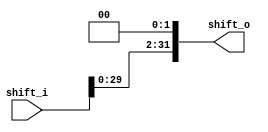
module shift_left #(
	parameter DataWidth = 32
)
(	input  [DataWidth-1:0] shift_i,
	output [DataWidth-1:0] shift_o
);
	assign shift_o = shift_i <<2;

endmodule